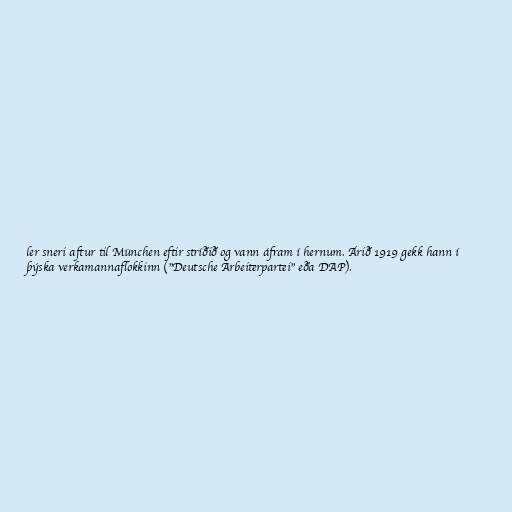
ler sneri aftur til München eftir stríðið og vann áfram í hernum. Árið 1919 gekk hann í
þýska verkamannaflokkinn ("Deutsche Arbeiterpartei" eða DAP).